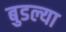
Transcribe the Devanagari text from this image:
बुडल्या